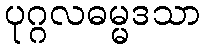
ပုဂ္ဂလဓမ္မဒသာ